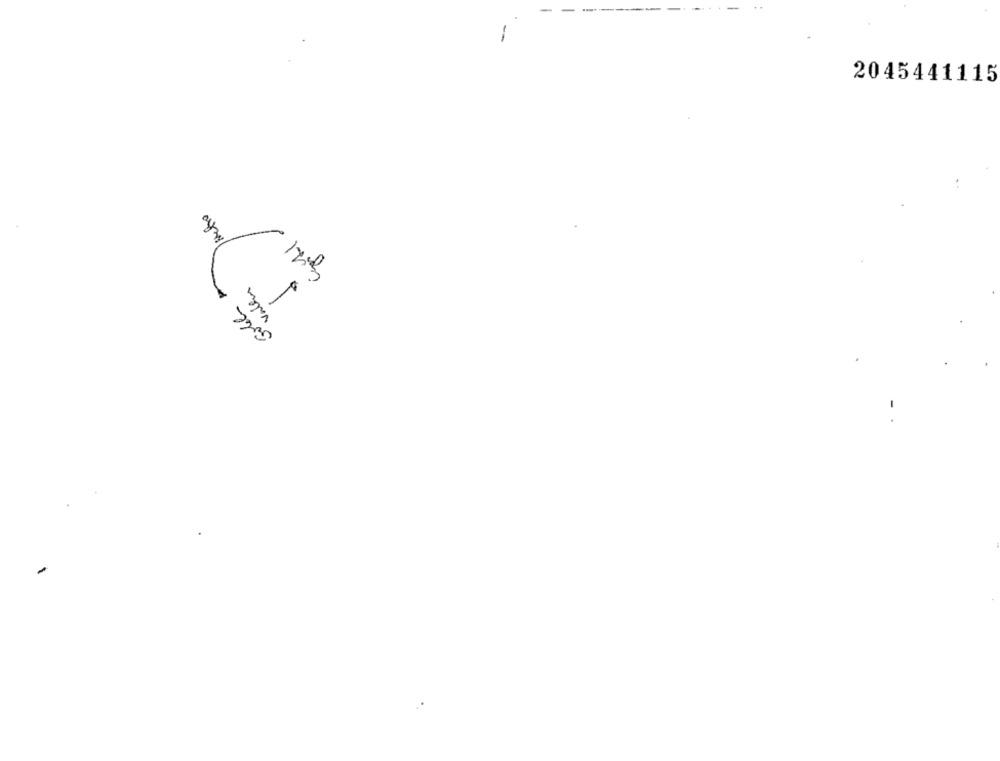
2045441115
Valen
Gobel